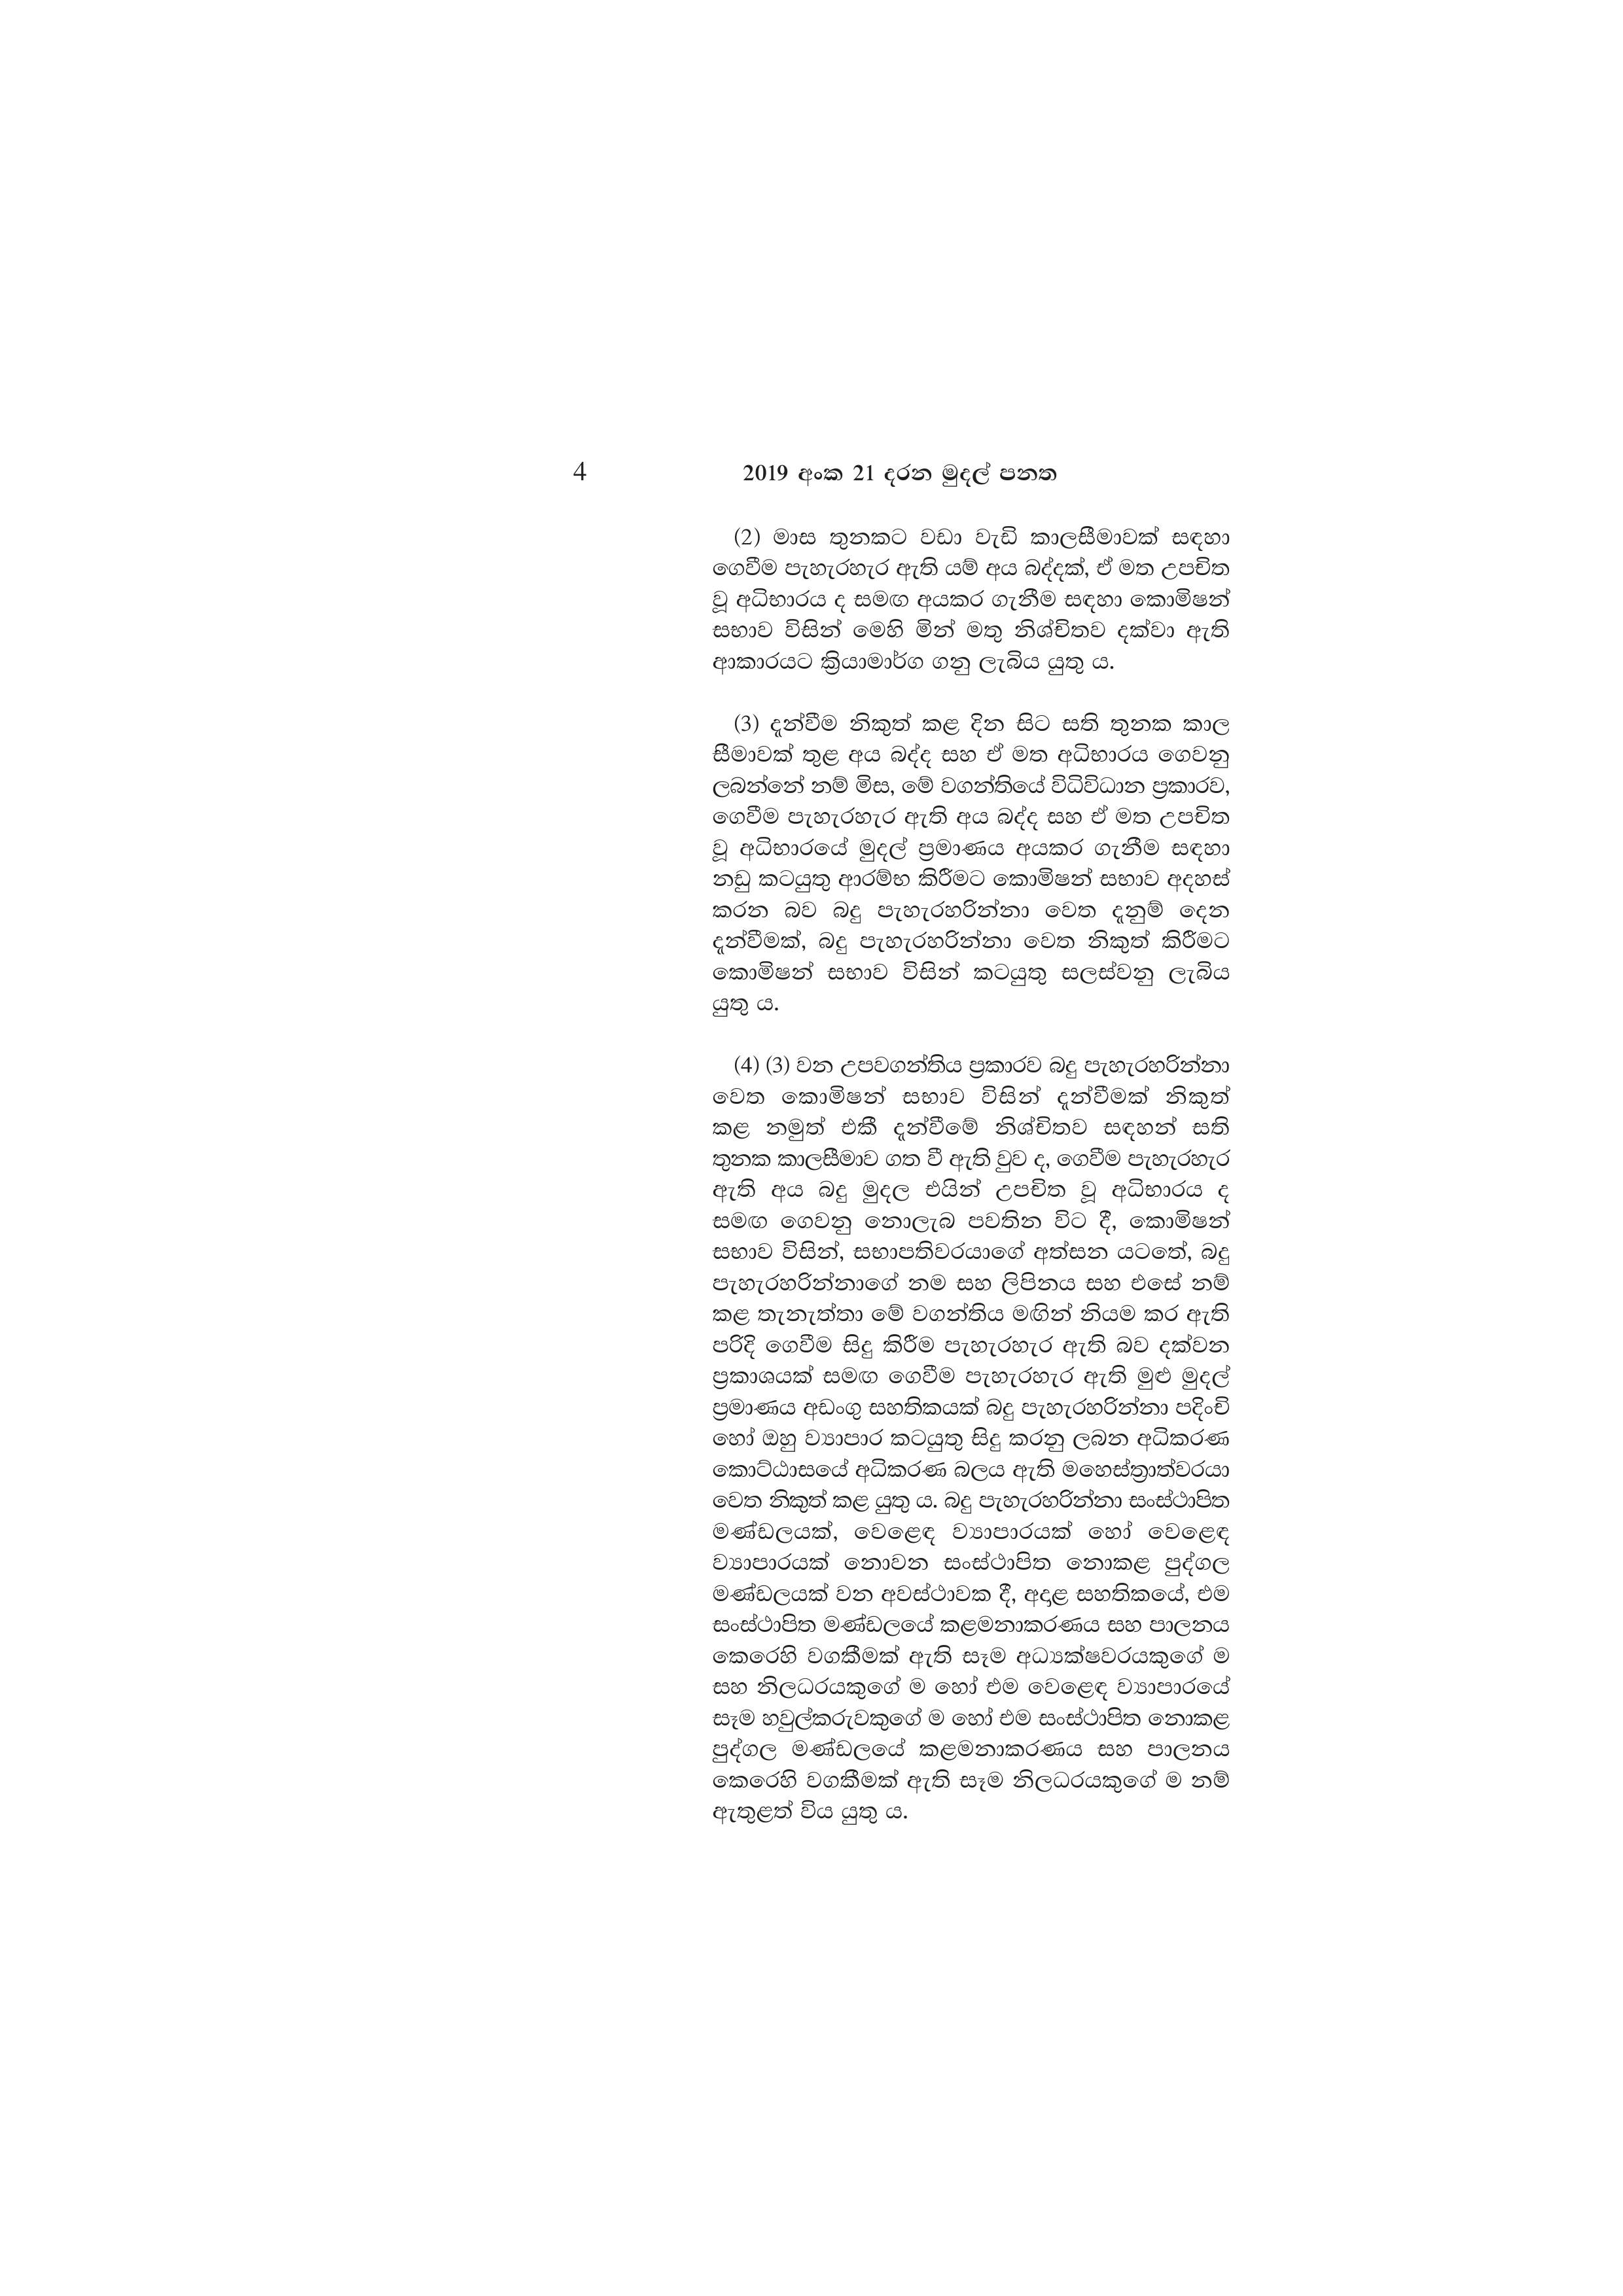
4 2019 අංක 21 දරන මුදල් පනත

(2) මාස තුනකට වඩා වැඩි කාලසීමාවක් සඳහා
ගෙවීම පැහැරහැර ඇති යම් අය බද්දක්, ඒ මත උපචිත
වූ අධිභාරය ද සමඟ අයකර ගැනීම සඳහා කොමිෂන්
සභාව විසින් මෙහි මින් මතු නිශ්චිතව දක්වා ඇති
ආකාරයට ක්‍රියාමාර්ග ගනු ලැබිය යුතු ය.

(3) දැන්වීම නිකුත් කළ දින සිට සති තුනක කාල
සීමාවක් තුළ අය බද්ද සහ ඒ මත අධිභාරය ගෙවනු
ලබන්නේ නම් මිස, මේ වගන්තියේ විධිවිධාන ප්‍රකාරව,
ගෙවීම පැහැරහැර ඇති අය බද්ද සහ ඒ මත උපචිත
වූ අධිභාරයේ මුදල් ප්‍රමාණය අයකර ගැනීම සඳහා
නඩු කටයුතු ආරම්භ කිරීමට කොමිෂන් සභාව අදහස්
කරන බව බදු පැහැර හරින්නා වෙත දැනුම් දෙන
දැන්වීමක්, බදු පැහැරහරින්නා වෙත නිකුත් කිරීමට
කොමිෂන් සභාව විසින් කටයුතු සලස්වනු ලැබිය
යුතු ය.

(4) (3) වන උපවගන්තිය ප්‍රකාරව බදු පැහැරහරින්නා
වෙත කොමිෂන් සභාව විසින් දැන්වීමක් නිකුත්
කළ නමුත් එකී දැන්වීමේ නිශ්චිතව සඳහන් සති
තුනක කාලසීමාව ගත වී ඇති වුව ද, ගෙවීම පැහැරහැර
ඇති අය බදු මුදල එයින් උපචිත වූ අධිභාරය ද
සමඟ ගෙවනු නොලැබ පවතින විට දී, කොමිෂන්
සභාව විසින්, සභාපතිවරයාගේ අත්සන යටතේ, බදු
පැහැරහරින්නාගේ නම සහ ලිපිනය සහ එසේ නම්
කළ තැනැත්තා මේ වගන්තිය මඟින් නියම කර ඇති
පරිදි ගෙවීම සිදු කිරීම පැහැරහැර ඇති බව දක්වන
ප්‍රකාශයක් සමඟ ගෙවීම පැහැරහැර ඇති මුළු මුදල්
ප්‍රමාණය අඩංගු සහතිකයක් බදු පැහැරහරින්නා පදිංචි
හෝ ඔහු ව්‍යාපාර කටයුතු සිදු කරනු ලබන අධිකරණ
කොට්ඨාසයේ අධිකරණ බලය ඇති මහෙස්ත්‍රාත්වරයා
වෙත නිකුත් කළ යුතු ය. බදු පැහැරහරින්නා සංස්ථාපිත
මණ්ඩලයක්, වෙළෙඳ ව්‍යාපාරයක් හෝ වෙළෙඳ
ව්‍යාපාරයක් නොවන සංස්ථාපිත නොකළ පුද්ගල
මණ්ඩලයක් වන අවස්ථාවක දී, අදාළ සහතිකයේ, එම
සංස්ථාපිත මණ්ඩලයේ කළමනාකරණය සහ පාලනය
කෙරෙහි වගකීමක් ඇති සෑම අධ්‍යක්ෂවරයකුගේ ම
සහ නිලධරයකුගේ ම හෝ එම වෙළෙඳ ව්‍යාපාරයේ
සෑම හවුල්කරුවකුගේ ම හෝ එම සංස්ථාපිත නොකළ
පුද්ගල මණ්ඩලයේ කළමනාකරණය සහ පාලනය
කෙරෙහි වගකීමක් ඇති සෑම නිලධරයකුගේ ම නම්
ඇතුළත් විය යුතු ය.